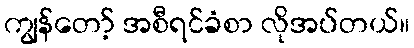
ကျွန်တော့် အစီရင်ခံစာ လိုအပ်တယ်။